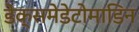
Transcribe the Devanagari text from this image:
डेक्समेडेटोमाडिन